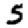
Digit: 5